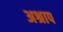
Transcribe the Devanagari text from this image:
अश्राप